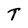
Character: T